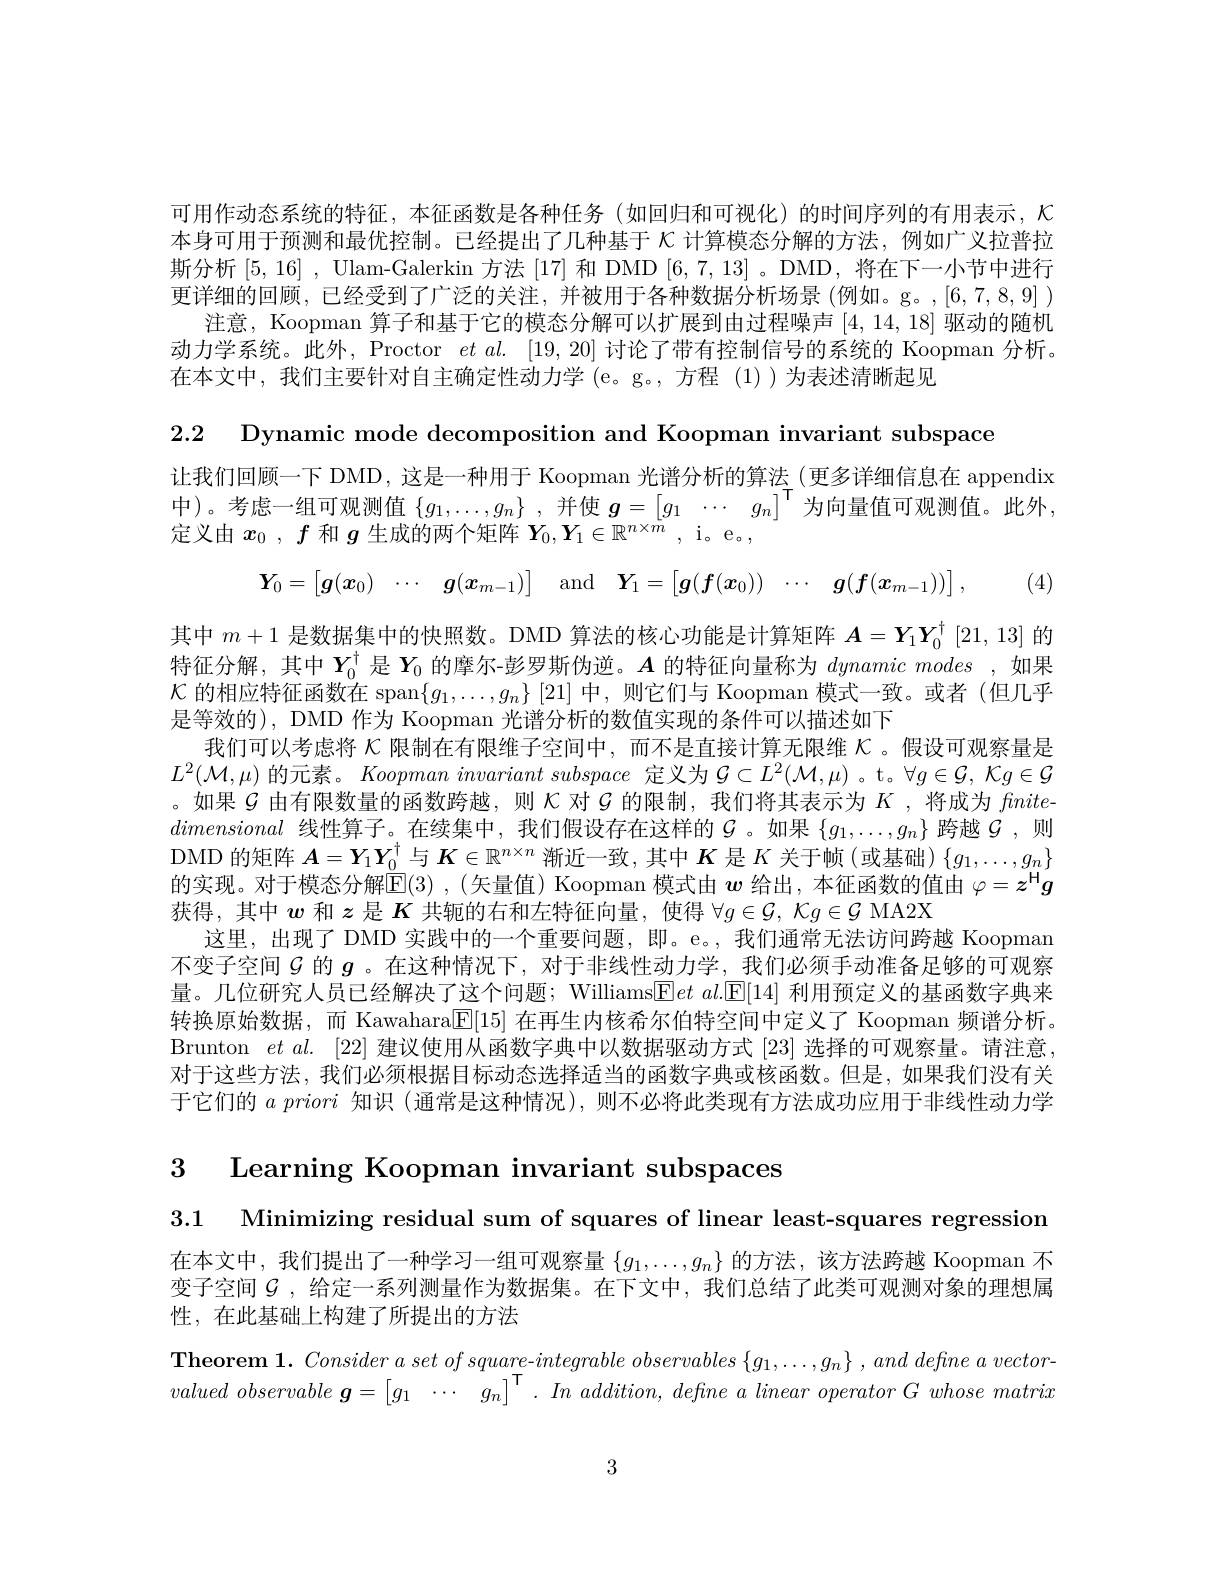
可用作动态系统的特征，本征函数是各种任务(如回归和可视化)的时间序列的有用表示，$\mathcal{K}$ 本身可用于预测和最优控制。已经提出了几种基于$\mathcal{K}$计算模态分解的方法，例如广义拉普拉斯分析[5,16] , Ulam-Galerkin 方法 [17] 和 DMD [6,7,13] 。DMD , 将在下一小节中进行更详细的回顾，已经受到了广泛的关注，并被用于各种数据分析场景(例如。g。,[6,7,8,9])
注意，Koopman 算子和基于它的模态分解可以扩展到由过程噪声[4,14,18]驱动的随机动力学系统。此外，Proctor $etal.$ [19,20]讨论了带有控制信号的系统的 Koopman 分析。在本文中，我们主要针对自主确定性动力学 (e。g。,方程 (1))为表述清晰起见

2.2 Dynamic mode decomposition and Koopman invariant subspace

让我们回顾一下 DMD, 这是一种用于 Koopman 光谱分析的算法 (更多详细信息在 appendix

中)。考虑一组可观测值$\{g_1,\ldots,g_n\}$ ,并使$g=\begin{bmatrix}g_1&\cdots&g_n\end{bmatrix}^{\intercal}$为向量值可观测值。此外，

定义由$x_0$ , $f$和$g$生成的两个矩阵$Y_0,Y_1\in\mathbb{R}^{n\times\dot{m}}$ , i。e。,
$$\boldsymbol{Y}_0=\begin{bmatrix}\boldsymbol{g}(\boldsymbol{x}_0)&\cdots&\boldsymbol{g}(\boldsymbol{x}_{m-1})\end{bmatrix}\quad\mathrm{and}\quad\boldsymbol{Y}_1=\begin{bmatrix}\boldsymbol{g}(\boldsymbol{f}(\boldsymbol{x}_0))&\cdots&\boldsymbol{g}(\boldsymbol{f}(\boldsymbol{x}_{m-1}))\end{bmatrix},$$
(4

其中$m+1$是数据集中的快照数。DMD 算法的核心功能是计算矩阵$\boldsymbol{A}=\boldsymbol{Y}_1\boldsymbol{Y}_0^\dagger[21,13]$的特征分解，其中$Y_0^\dagger$是$Y_0$的摩尔-彭罗斯伪逆。$A$的特征向量称为dynamicmodes ,如果$\mathcal{K}$的相应特征函数在 span$\{g_1,\ldots,g_n\}$ [21] 中，则它们与 Koopman 模式一致。或者(但几乎是等效的), DMD 作为 Koopman 光谱分析的数值实现的条件可以描述如下
我们可以考虑将$\kappa$限制在有限维子空间中，而不是直接计算无限维$\kappa$ 。假设可观察量是$L^{2}(\mathcal{M},\mu)$的元素。Koopman invariant subspace 定义为$\mathcal{G}\subset L^{2}(\mathcal{M},\mu)$ 。t。$\forall g\in\mathcal{G},\mathcal{K}g\in\mathcal{G}$ 。如果$\mathcal{G}$由有限数量的函数跨越，则$\mathcal{K}$对$\mathcal{G}$的限制，我们将其表示为$K$ ,将成为fnitedimensional线性算子。在续集中，我们假设存在这样的$\mathcal{G}$。如果$\{g_1,\ldots,g_n\}$跨越$\mathcal{G}$,则DMD 的矩阵$A=Y_1Y_0^\dagger$与$K\in\mathbb{R}^n\times n$渐近一致，其中$K$是$K$关于帧 (或基础) $\{g_1,\ldots,g_n\}$ 的实现。对于模态分解$\overset{(\mathrm{I}}{\operatorname*{\operatorname*{E}}}(3)$ ,(矢量值) Koopman 模式由$w$给出，本征函数的值由$\varphi=z^\mathrm{H}g$ 获得，其中$w$和$z$是$K$共轭的右和左特征向量，使得$\forall g\in\mathcal{G}$, $\mathcal{K}g\in\mathcal{G}$ MA2X
这里，出现了 DMD 实践中的一个重要问题，即。e。, 我们通常无法访问跨越 Koopmam 不变子空间$G$的$g$ 。在这种情况下，对于非线性动力学，我们必须手动准备足够的可观察量。几位研究人员已经解决了这个问题；WilliamsE$let al. [ \mathbb{E} [ 14] $利用预定义的基函数字典来转换原始数据，而 Kawahara$\overline{\mathbb{E}}[15]$在再生内核希尔伯特空间中定义了 Koopman 频谱分析。Brunton $etal.$ [22]建议使用从函数字典中以数据驱动方式[23]选择的可观察量。请注意对于这些方法，我们必须根据目标动态选择适当的函数字典或核函数。但是，如果我们没有关于它们的 $a\textit{ priori 知 识 }($通常是这种情况),则不必将此类现有方法成功应用于非线性动力学

3 Learning Koopman invariant subspaces

3.1 Minimizing residual sum of squares of linear least-squares regression

在本文中，我们提出了一种学习一组可观察量$\{g_1,\ldots,g_n\}$的方法，该方法跨越 Koopman 不变子空间$\mathcal{G}$ ,给定一系列测量作为数据集。在下文中，我们总结了此类可观测对象的理想属性，在此基础上构建了所提出的方法

Theorem $1. \textit{Consider a set of square- }integrable\textit{ observables }\{ g_{1}, \ldots , g_{n}\} , and\textit{define a vector- }$ $valued\textit{ observable g}= \begin{bmatrix} g_1& \cdots & g_n\end{bmatrix} ^{\mathsf{T} }. In\textit{ addition, define a linear operator G whose matrix}$

3